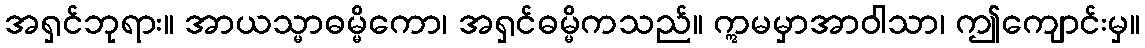
အရှင်ဘုရား။ အာယသ္မာဓမ္မိကော၊ အရှင်ဓမ္မိကသည်။ ဣမမှာအာဝါသာ၊ ဤကျောင်းမှ။